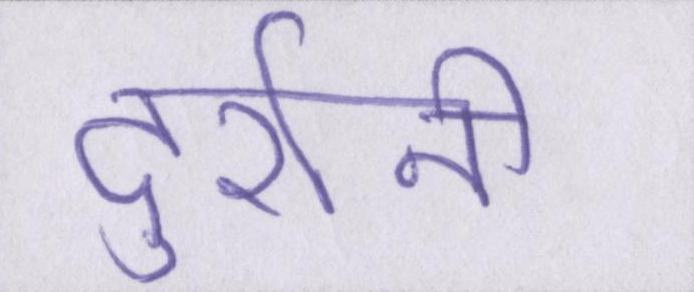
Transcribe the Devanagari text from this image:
दुर्रानी